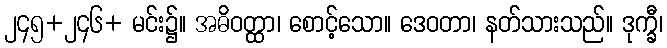
၂၄၅+၂၄၆+ မင်း၌။ အဓိဝတ္ထာ၊ စောင့်သော။ ဒေဝတာ၊ နတ်သားသည်။ ဒုက္ခီ၊